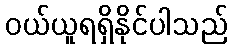
ဝယ်ယူရရှိနိုင်ပါသည်